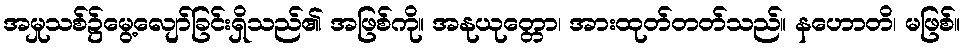
အမှုသစ်၌မွေ့လျော်ခြင်းရှိသည်၏ အဖြစ်ကို။ အနုယုတ္တော၊ အားထုတ်တတ်သည်။ နဟောတိ၊ မဖြစ်။